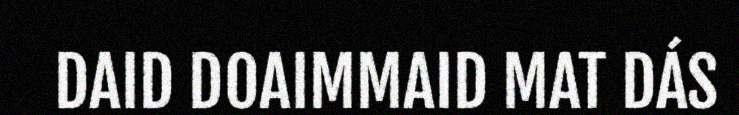
DAID DOAIMMAID MAT DÁS